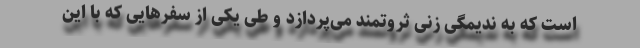
است که به ندیمگی زنی ثروتمند می‌پردازد و طی یکی از سفرهایی که با این